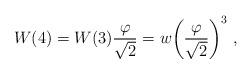
LaTeX: \begin{align*}W(4)=W(3)\frac{\varphi}{\sqrt{2}}=w\bigg(\frac{\varphi}{\sqrt{2}}\bigg)^3~,\end{align*}